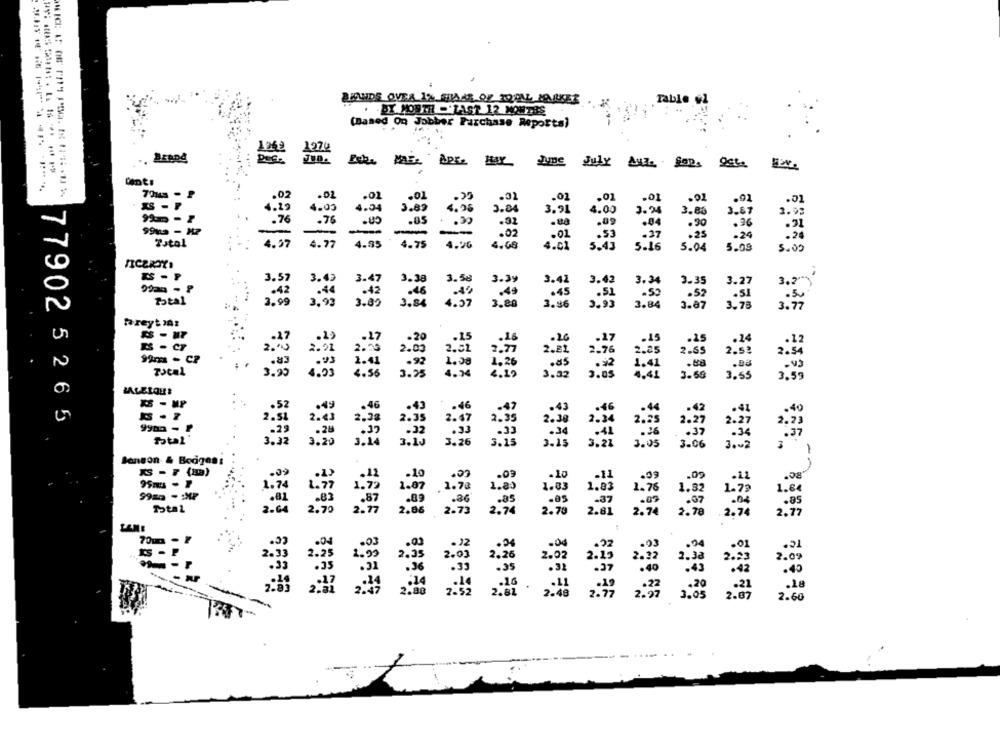
RHOIDS OVER I% SHARE OF TROLL, POURISES
Table +1
BY MONTH-'LAST 12 MONTHS
(Based On Jobber Purchase Reports)
ME: APEL BUY
.02
.02
.01
.01
.01
.02
.01
.01
.92
.01
4.29
4.05
4.04
3.89
4.95
2.04
3.91
4.00
3.24
3.85
3.87
2.92
.76
.76
.05
.30
.32
.ua
.09
.04
.90
.36
.91
-
-
.02
.53
.37
4.37
.01
.25
.24
.26
PJtol
4.77
4.95
4.75
4.00
4.68
4.01
5.43
5.16
5.04
5.08
5.00
3.38
3.39
3.41
3.57
3.49
3.47
3.58
3.42
3.34
3.35
3.27
3.2
.44
.49
.45
Total
.46
.51
.50
·SI
77902
3.85
3.84
3.80
3.86
3.93
3.84
3.07
3.78
3.77
Fareyt )Az
.20
.20
.15
ES - CF
.26
.17
.15
.25
.24
. 12
2.91
2.03
2.51
2.77
2.81
2.76
2.25
2.65
2.52
2. 54
2
.83
.92
1,38
1.26
.as
1.41
. 22
1.41
3.20
4.93
4.56
3.25
4.34
4.29
3.32
2.05
4.41
3.59
3.55
3.59
.49
.43
.52
.46
.46
-47
.42
2.43
2.35
2.38
2.47
2.35
2.34
2. 27
:29
.28
.32
ptal
3:32
3.20
3.10
3.26
3. is
3.21
3.05
3.06
Sanson & Body08:
KS - F (AB)
-12
.09
.10
.08
1.85
1.74
1.72
1.87
1.78
1.83
1.83
1. 76
1.80
.82
.36
-37
1.82
2.64
2.70
2. 7
2.86
2.74
2.73
2.70
2.8
2.74
2.70
2.90
2.77
c.
70m - F
.04
.02
-0
. 21
ES
2.03
2.25
2.99
2.35
2.26
2.02
2.15
2. 32
2 . 38
2. 0%
.36
.35
. 35
.. 16
.18
.20
.21
2:48
2.87
2.60